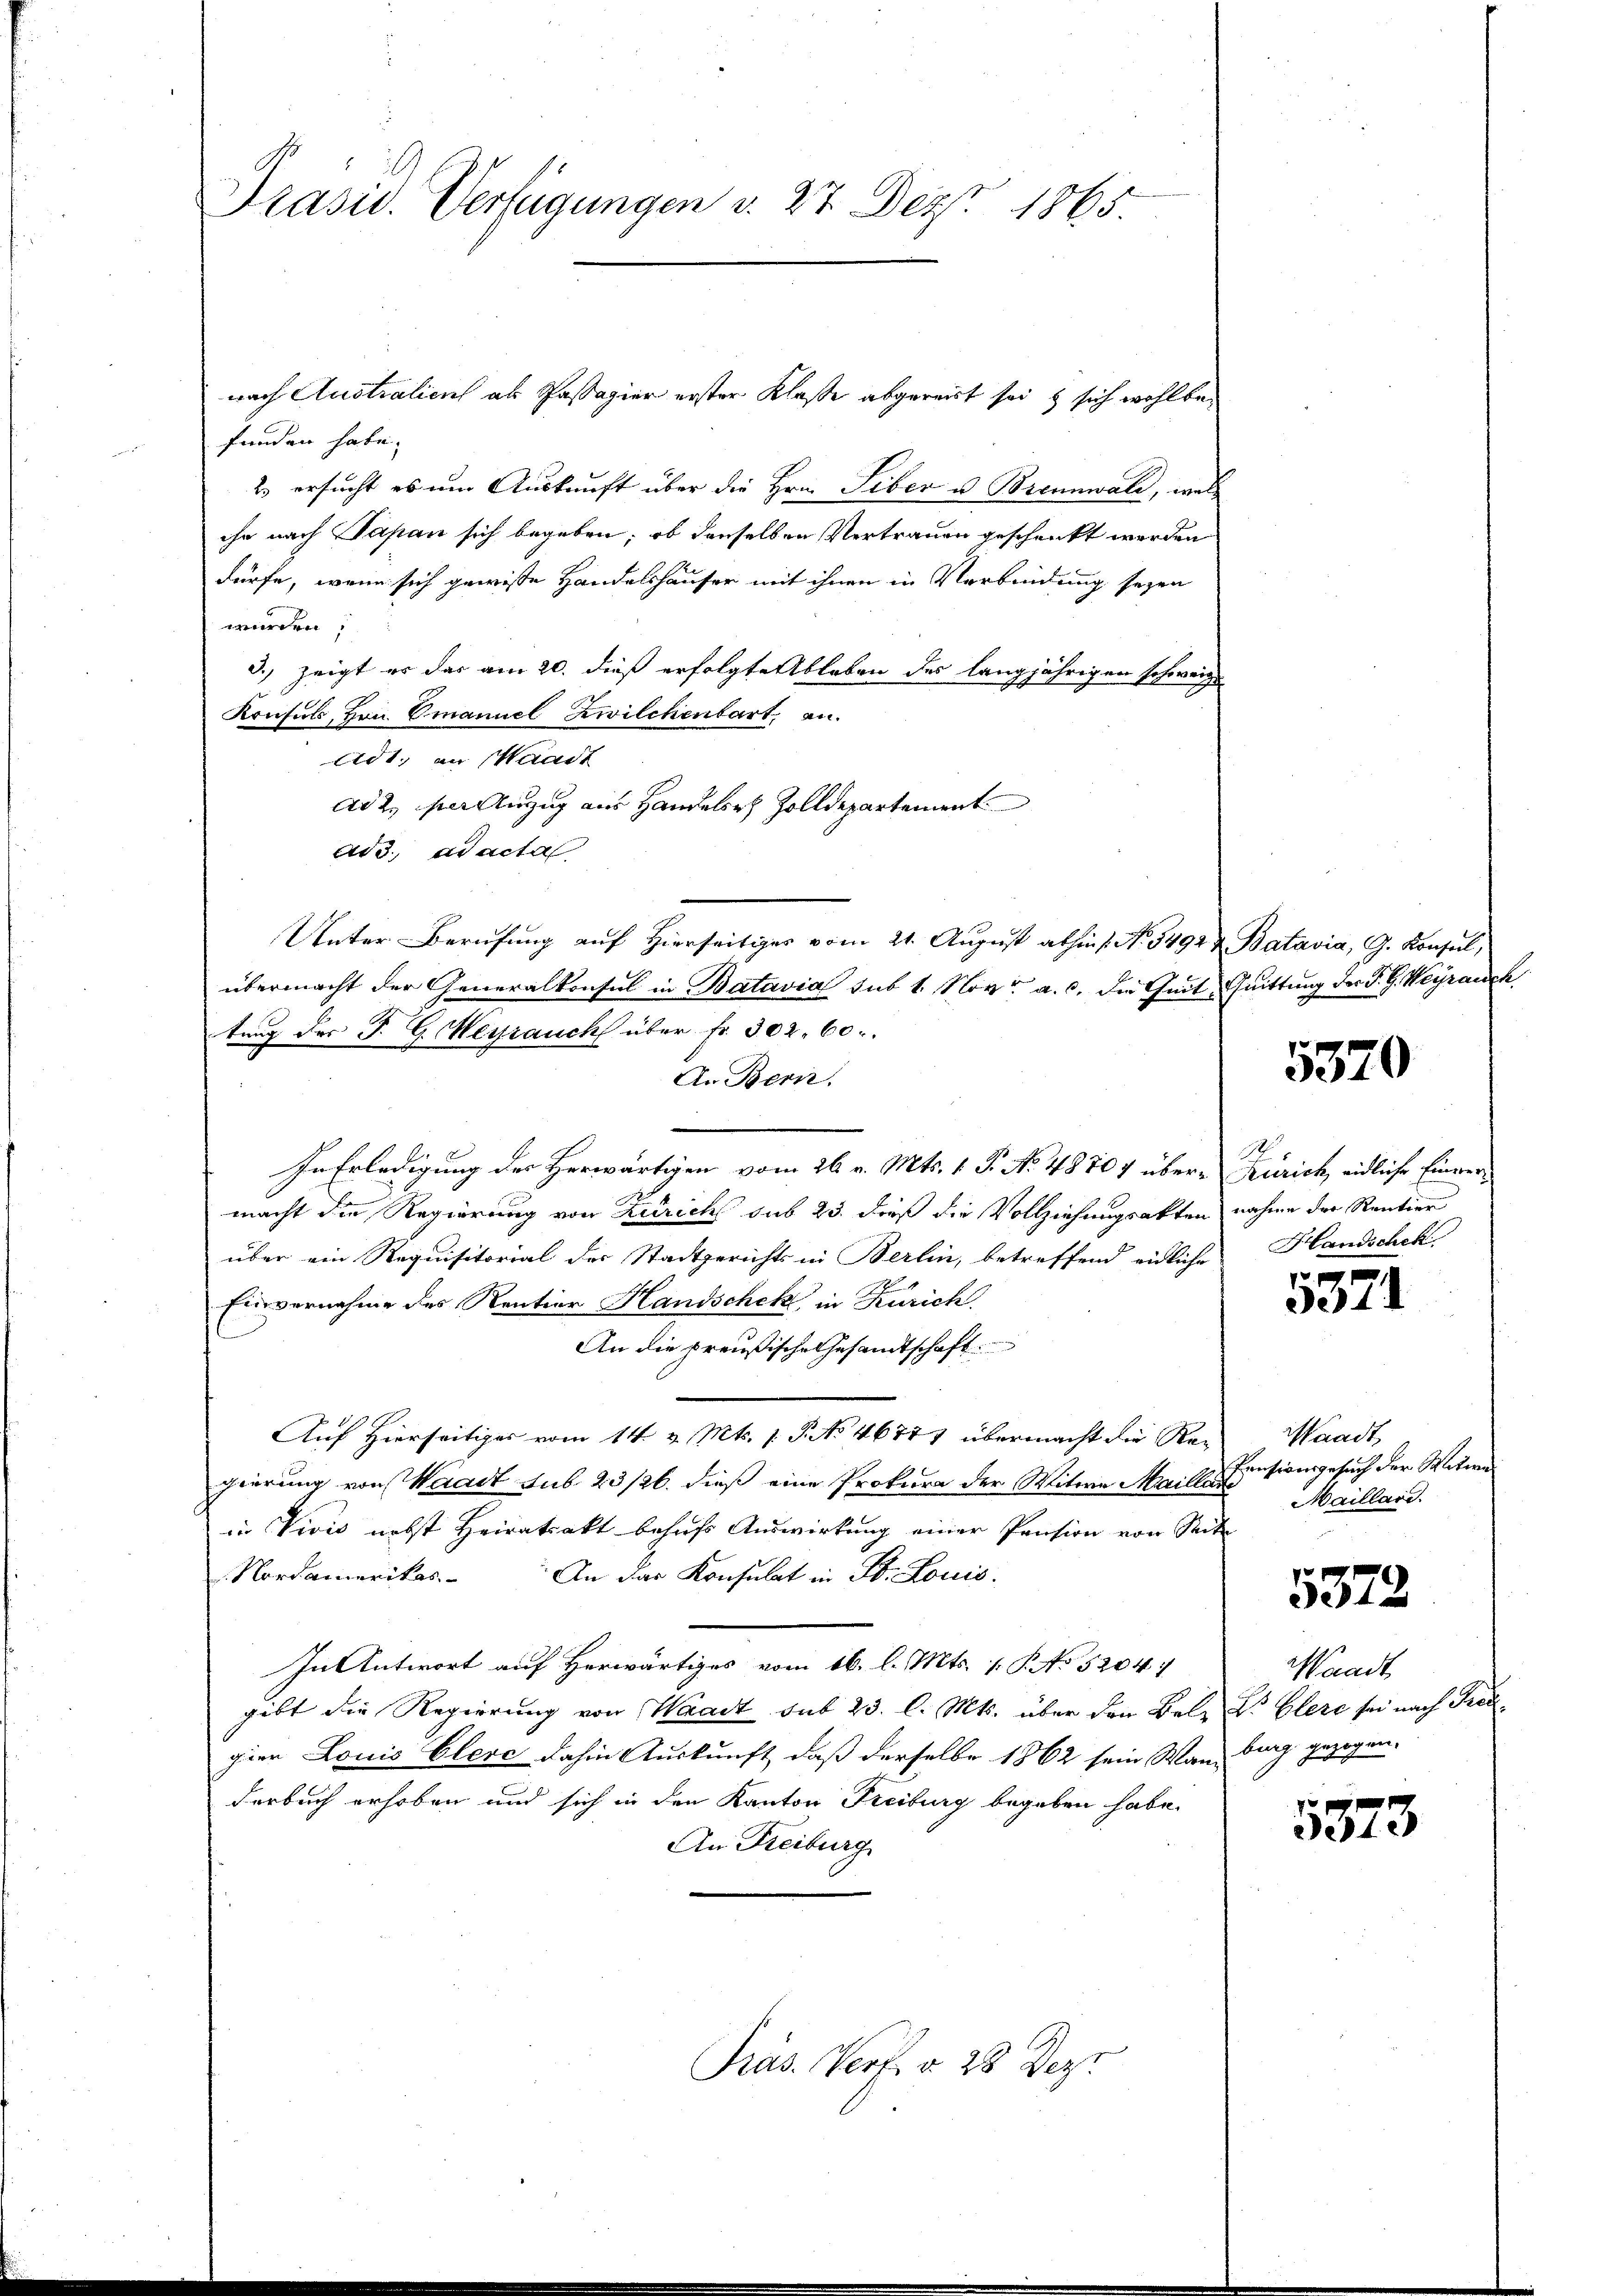
Präsid. Verfügungen v. 27 Dez. 1865.

nach Australien als Passagier erster Klasse abgereist sei & sich wohl befunden habe.
2. ersucht es um Auskunft über die Hrn. Tiber u Brennwald, welc
ihr nach Sapan sich begeben; ob denselben Vertrauen geschenkt werden
dürfe, wenn sich gewisse Handelshäuser mit ihnen in Verbindung seyen
wunden,
3.) zeigt es das am 20. dieß erfolgte Ableben des langjährigen schweize
Konferts, von Emanuel Zwilchenbart, an¬
Adt, an Waadt
ad 2., der Anzug aus Handelsrh Zolldepartement
add. ad acta
Unter Berufung auf Hierseitiges vom 21. August abhin s. No. 5492 & Batavia, G. Konsul,
übermacht der Generalkonsul in Batavia sub 1. Nov. a. c. die Zeit, Quittung der P. G. Weÿrauch
tung des J. G. Werrauch über fr. 302. 60.
An Bern.
In Erledigung der Herwärtigen vom 26. v. Mts. 1. P. No. 48707 über-Zürich, eidliche Einvermacht die Regierung von Zutrichs sub 23. dieß die Vollziehungsakten nahme der Rentier
über ein Requisitorial der Stadtgerichts in Berlin, betreffend eidliche
Einvernahme des Rentior Handschek in Zürich
An die preußische Gesandtschaft
Auf Hierseitiges vom 14. v. Mts. 1. P. No 46777 übermacht die Regierung von Waadt sub 23/26. dieß eine Prokura der Witwe Maillaue
in Vivis nebst Heiratsakt behufs Auswirkung einer Pension von Seit
Nordamerikas. An das Konsulat in St. Louis
In Antwort auf Herwärtiges vom 16. l. Mts. v. P. No 52047
gibt die Regierung von Waadt sub 23. l. Mts. über den Belz Dr Clere sei nach Preugier Louis Elerc dahin Auskunft, daß derselbe 1862 sein Wan-
derbuch erhoben und sich in den Kanton Freiburg begeben habe.
An Freiburg
Präs. Verf. § 28 Deze

5370

Handschek

3044.

Waadt,
Pensionsgesuch der Witwen
Maillari.

5372

Waadt
burg gezogen.

5373